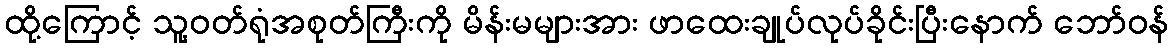
ထို့ကြောင့် သူ့ဝတ်ရုံအစုတ်ကြီးကို မိန်းမများအား ဖာထေးချုပ်လုပ်ခိုင်းပြီးနောက် ဘော်ဝန်